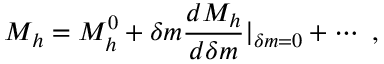
M _ { h } = M _ { h } ^ { 0 } + \delta m { \frac { d M _ { h } } { d \delta m } } | _ { \delta m = 0 } + \cdots \ ,